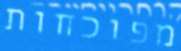
מפוכחות